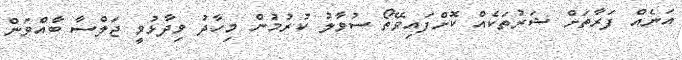
އަނެއް ފަރާތަށް ޝަރުތަކެއް ކޮށްފައިވޭތޯ ސުވާލު ކުރުމުން މިހާދު ވިދާޅުވީ ޖަލްސާ ބާއްވަން